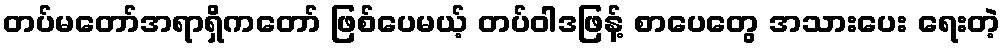
တပ်မတော်အရာရှိကတော် ဖြစ်ပေမယ့် တပ်ဝါဒဖြန့် စာပေတွေ အသားပေး ရေးတဲ့